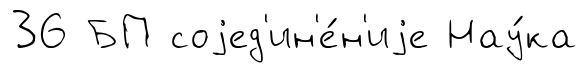
36 БП соjед'ин'е́н'иjе Нау́ка